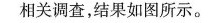
相关调查，结果如图所示。